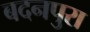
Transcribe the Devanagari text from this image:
बदनपुरा